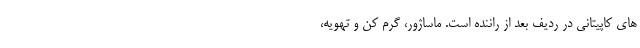
های کاپیتانی در ردیف بعد از راننده است. ماساژور، گرم کن و تهویه،